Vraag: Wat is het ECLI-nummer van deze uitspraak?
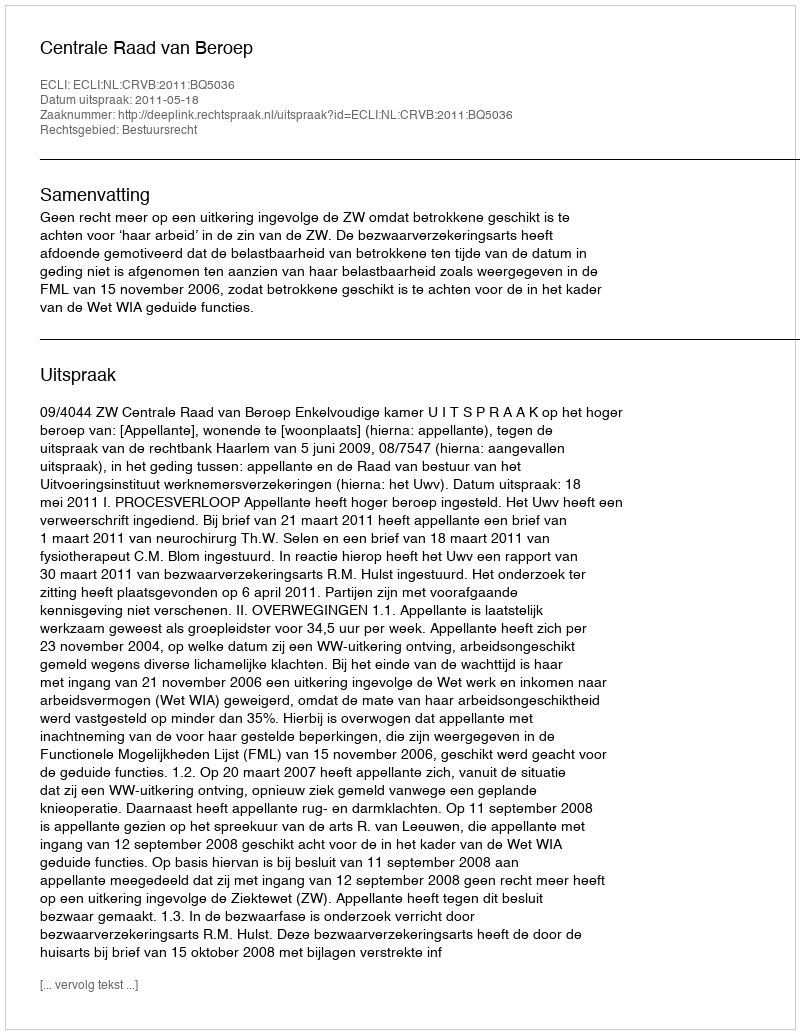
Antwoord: ECLI:NL:CRVB:2011:BQ5036